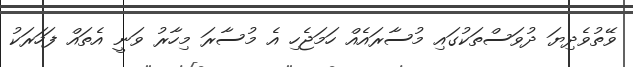
ވޭތުވެދިޔަ ދުވަސްތަކުގައި މުސާރައެއް ހަމަޖެހި އެ މުސާރަ މިހާރު ވަނީ އެތައް ފަހަރަކު